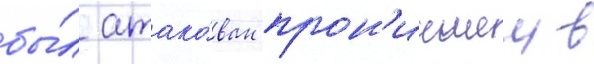
бы́л атако́ван прон'икшеи в